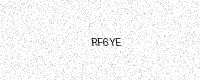
Text: RF6YE